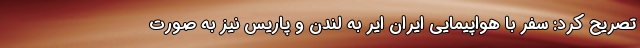
تصریح کرد: سفر با هواپیمایی ایران ایر به لندن و پاریس نیز به صورت